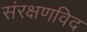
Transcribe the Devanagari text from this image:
संरक्षणविद